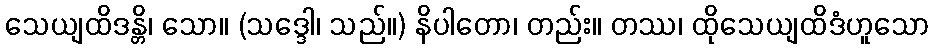
သေယျထိဒန္တိ၊ သော။ (သဒ္ဒေါ၊ သည်။) နိပါတော၊ တည်း။ တဿ၊ ထိုသေယျထိဒံဟူသော